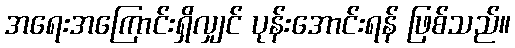
အရေးအကြောင်းရှိလျှင် ပုန်းအောင်းရန် ဖြစ်သည်။